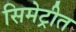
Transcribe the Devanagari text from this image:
सिमेट्रीत